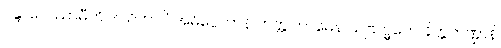
ဝန္ဒာပေဿာမီတိ ဒါယိကာပိ အဓိပ္ပေတာနိ ကတ္တုကာမေန သဗြဟ္မကေ ခိတ္တကဏ္ဍာနိ